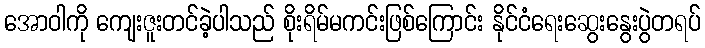
အောဝါကို ကျေးဇူးတင်ခဲ့ပါသည် စိုးရိမ်မကင်းဖြစ်ကြောင်း နိုင်ငံရေးဆွေးနွေးပွဲတရပ်